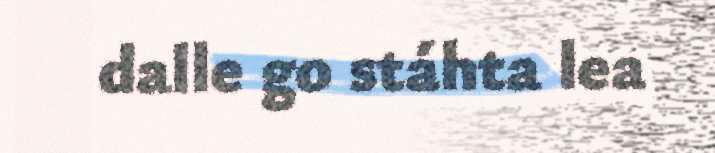
dalle go stáhta lea